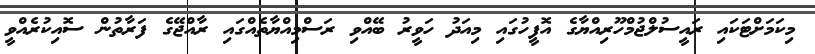
މިކަމަށްޓަކައި ރައީސުލްޖުމްހޫރިއްޔާގެ އޮފީހުގައި މިއަދު ހަވީރު ބޭއްވި ރަސްމިއްޔާތެއްގައި ރާއްޖޭގެ ފަރާތުން ސޮއިކުރެއްވީ